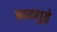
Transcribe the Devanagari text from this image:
बादगुड़े